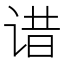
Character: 𬣾